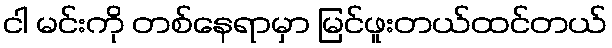
ငါ မင်းကို တစ်နေရာမှာ မြင်ဖူးတယ်ထင်တယ်